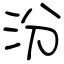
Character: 汾